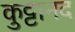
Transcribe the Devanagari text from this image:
कुट्टानद